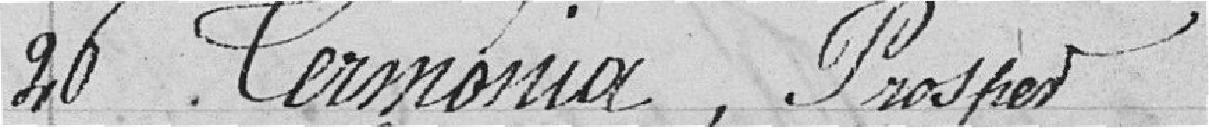
26 Cermonia, Prosper